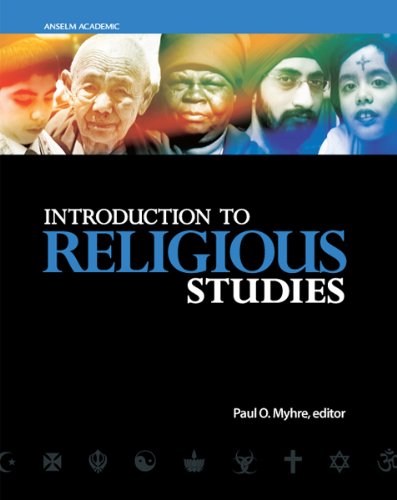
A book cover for Introduction to Religious Studies; Religion & Spirituality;